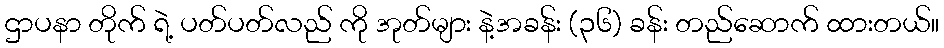
ဌာပနာ တိုက် ရဲ့ ပတ်ပတ်လည် ကို အုတ်များ နဲ့အခန်း (၃၆) ခန်း တည်ဆောက် ထားတယ်။